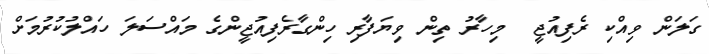
ގަލަން ވިއްކި ރެފިއުޖީ  މިހާރު ތިން ވިޔަފާރި ހިންގާރެފިއުޖީންގެ މައްސަލަ ހައްލުކުރުމަށް